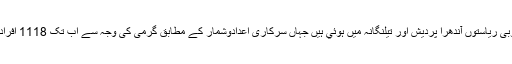
زیادہ تر ہلاکتیں جنوبی ریاستوں آندھرا پردیش اور تیلنگانہ میں ہوئي ہیں جہاں سرکاری اعدادوشمار کے مطابق گرمی کی وجہ سے اب تک 1118 افراد ہلاک ہو چکے ہیں۔